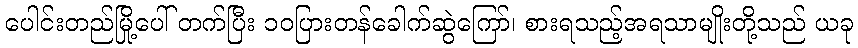
ပေါင်းတည်မြို့ပေါ် တက်ပြီး ၁၀ပြားတန်ခေါက်ဆွဲကြော်၊ စားရသည့်အရသာမျိုးတို့သည် ယခု